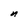
Character: n